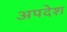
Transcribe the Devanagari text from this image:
अपदेश